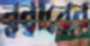
রবারের